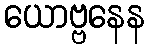
ယောဗ္ဗနေန